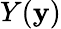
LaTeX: Y(\mathbf{y})